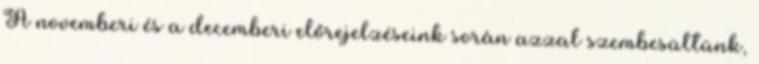
A novemberi és a decemberi előrejelzéseink során azzal szembesültünk,